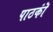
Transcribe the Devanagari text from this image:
पाठकॊं